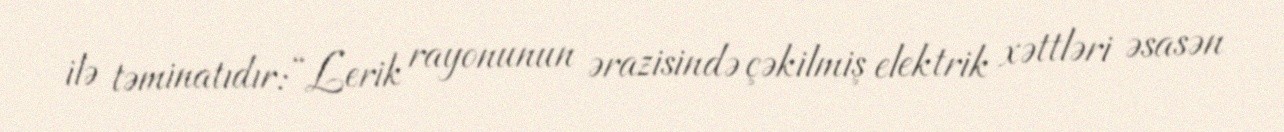
ilə təminatıdır: “Lerik rayonunun ərazisində çəkilmiş elektrik xəttləri əsasən